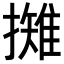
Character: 𢶾